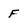
Character: F